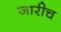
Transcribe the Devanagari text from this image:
जारीच